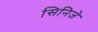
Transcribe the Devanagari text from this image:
सिनिजे